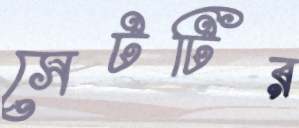
সেটটির